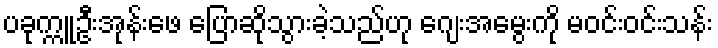
ပခုက္ကူဦးအုန်းဖေ ပြောဆိုသွားခဲ့သည်ဟု ဂျေးအမွေးကို မဝင်းဝင်းသန်း